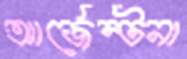
আর্জেন্টনা